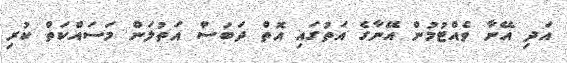
އަދި އޭނާ ވެއްޓުމުން އޭނާގެ އަތުގައި އޮތް ދަބަސް އަތުލަން މަސައްކަތް ކުރި